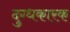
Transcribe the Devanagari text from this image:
दुग्धकारक